Annual report of the Imperial Bacteriologist
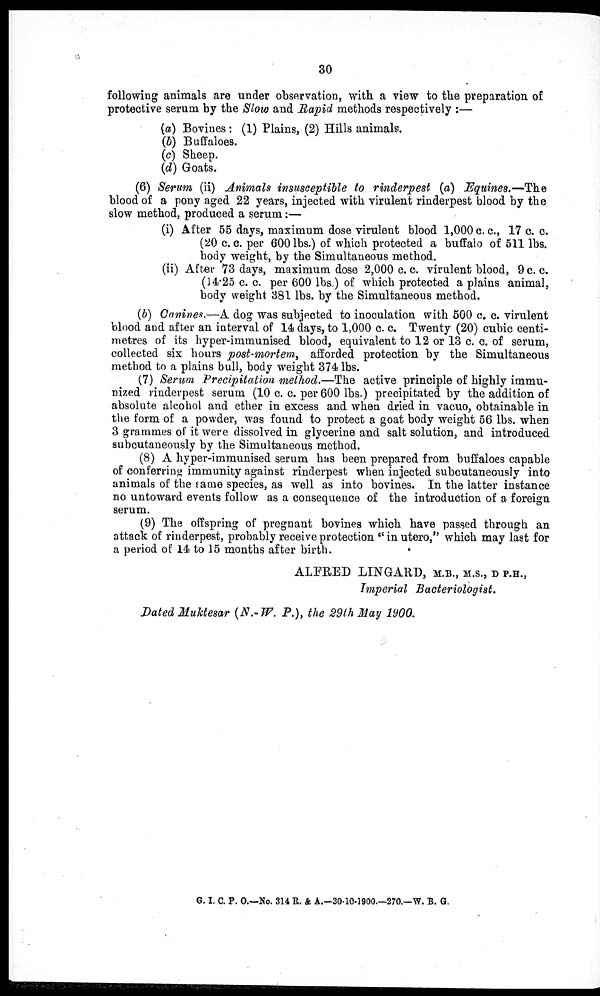
30
following animals are under observation, with a view to the preparation of
protective serum by the Slow and Rapid methods respectively :—
(a) Bovines : (1) Plains, (2) Hills animals.
(b) Buffaloes.
(c) Sheep.
(d) Goats.
(6) Serum (ii) Animals insusceptible to rinderpest (a) Equines.—The
blood of a pony aged 22 years, injected with virulent rinderpest blood by the
slow method, produced a serum :—
(i) After 55 days, maximum dose virulent blood 1,000 c. c., 17 c. c.
(20 c. c. per 600 lbs.) of which protected a buffalo of 511 lbs.
body weight, by the Simultaneous method.
(ii) After 73 days, maximum dose 2,000 c. c. virulent blood, 9 c. c.
(14.25 c. c. per 600 lbs.) of which protected a plains animal,
body weight 381 lbs. by the Simultaneous method.
(b) Canines.—A dog was subjected to inoculation with 500 c. c. virulent
blood and after an interval of 14 days, to 1,000 c. c. Twenty (20) cubic centi-
metres of its hyper-immunised blood, equivalent to 12 or 13 c. c. of serum,
collected six hours post-mortem, afforded protection by the Simultaneous
method to a plains bull, body weight 374 lbs.
(7) Serum Precipitation method.—The active principle of highly immu-
nized rinderpest serum (10 c. c. per 600 lbs.) precipitated by the addition of
absolute alcohol and ether in excess and when dried in vacuo, obtainable in
the form of a powder, was found to protect a goat body weight 56 lbs. when
3 grammes of it were dissolved in glycerine and salt solution, and introduced
subcutaneously by the Simultaneous method.
(8) A hyper-immunised serum has been prepared from buffaloes capable
of conferring immunity against rinderpest when injected subcutaneously into
animals of the same species, as well as into bovines. In the latter instance
no untoward events follow as a consequence of the introduction of a foreign
serum.
(9) The offspring of pregnant bovines which have passed through an
attack of rinderpest, probably receive protection "in utero," which may last for
a period of 14 to 15 months after birth.
ALFRED LINGARD, M.B., M.S., D.P.H.,
Imperial Bacteriologist.
Dated Muktesar (N.- W. P.), the 29th May 1900.
G.I. C. P. O.—No. 314 R. & A.—30-10-1900.—270.—W. B. G.